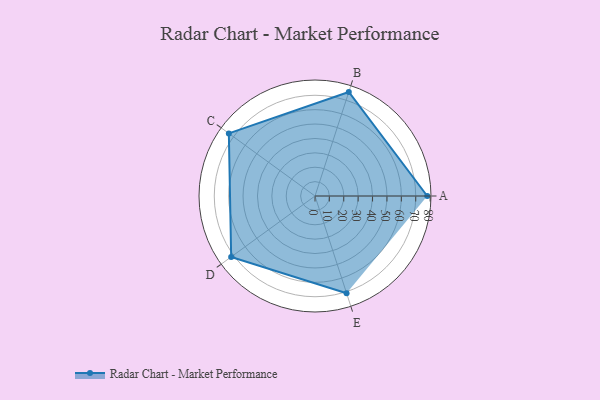
{"axis": {"x": "Skill", "y": "Score"}, "legend": ["Profile"], "data": [{"x": "A", "y": 78.0, "type": "Profile"}, {"x": "B", "y": 76.0, "type": "Profile"}, {"x": "C", "y": 74.0, "type": "Profile"}, {"x": "D", "y": 72.0, "type": "Profile"}, {"x": "E", "y": 71.0, "type": "Profile"}]}